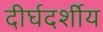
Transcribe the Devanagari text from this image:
दीर्घदर्शीय